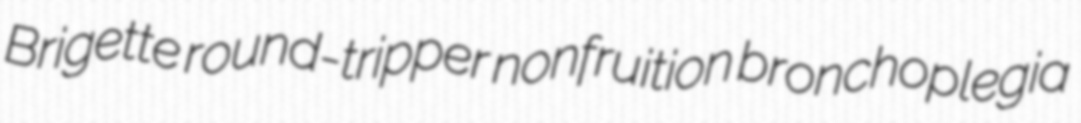
Brigette round-tripper nonfruition bronchoplegia